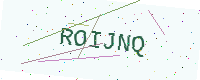
Text: ROIJNQ